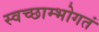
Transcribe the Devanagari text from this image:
स्वच्छाम्भोगतं